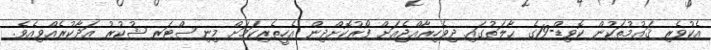
އެކުވެރި ޤައުމުތަކުން ކޮވިޑް-19ގެ ޙާލަތުގައި ދިވެހިރާއްޖެއަށް ފޯރުކޮށްދިން އެހީތެރިކަމަށް މިނިސްޓަރ ޝުކުރު އަދާކުރެއްވިއެވެ.